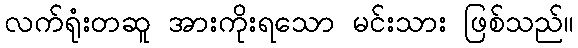
လက်ရုံးတဆူ အားကိုးရသော မင်းသား ဖြစ်သည်။